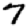
Digit: 7